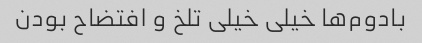
بادوم‌ها خیلی خیلی تلخ و افتضاح بودن